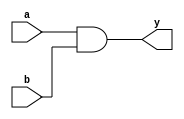
module AND (a, b, y);
input a, b;
output y;
assign y = a & b;
endmodule